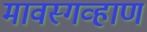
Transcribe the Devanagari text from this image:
मावस्गव्हाण